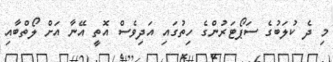
މި ދެ ކުލަބުގެ ސަޕޯޓަރުންގެ ހިތުގައި އަދިވެސް އޮތީ އޭނާ އަށް ލޯތްބާއި